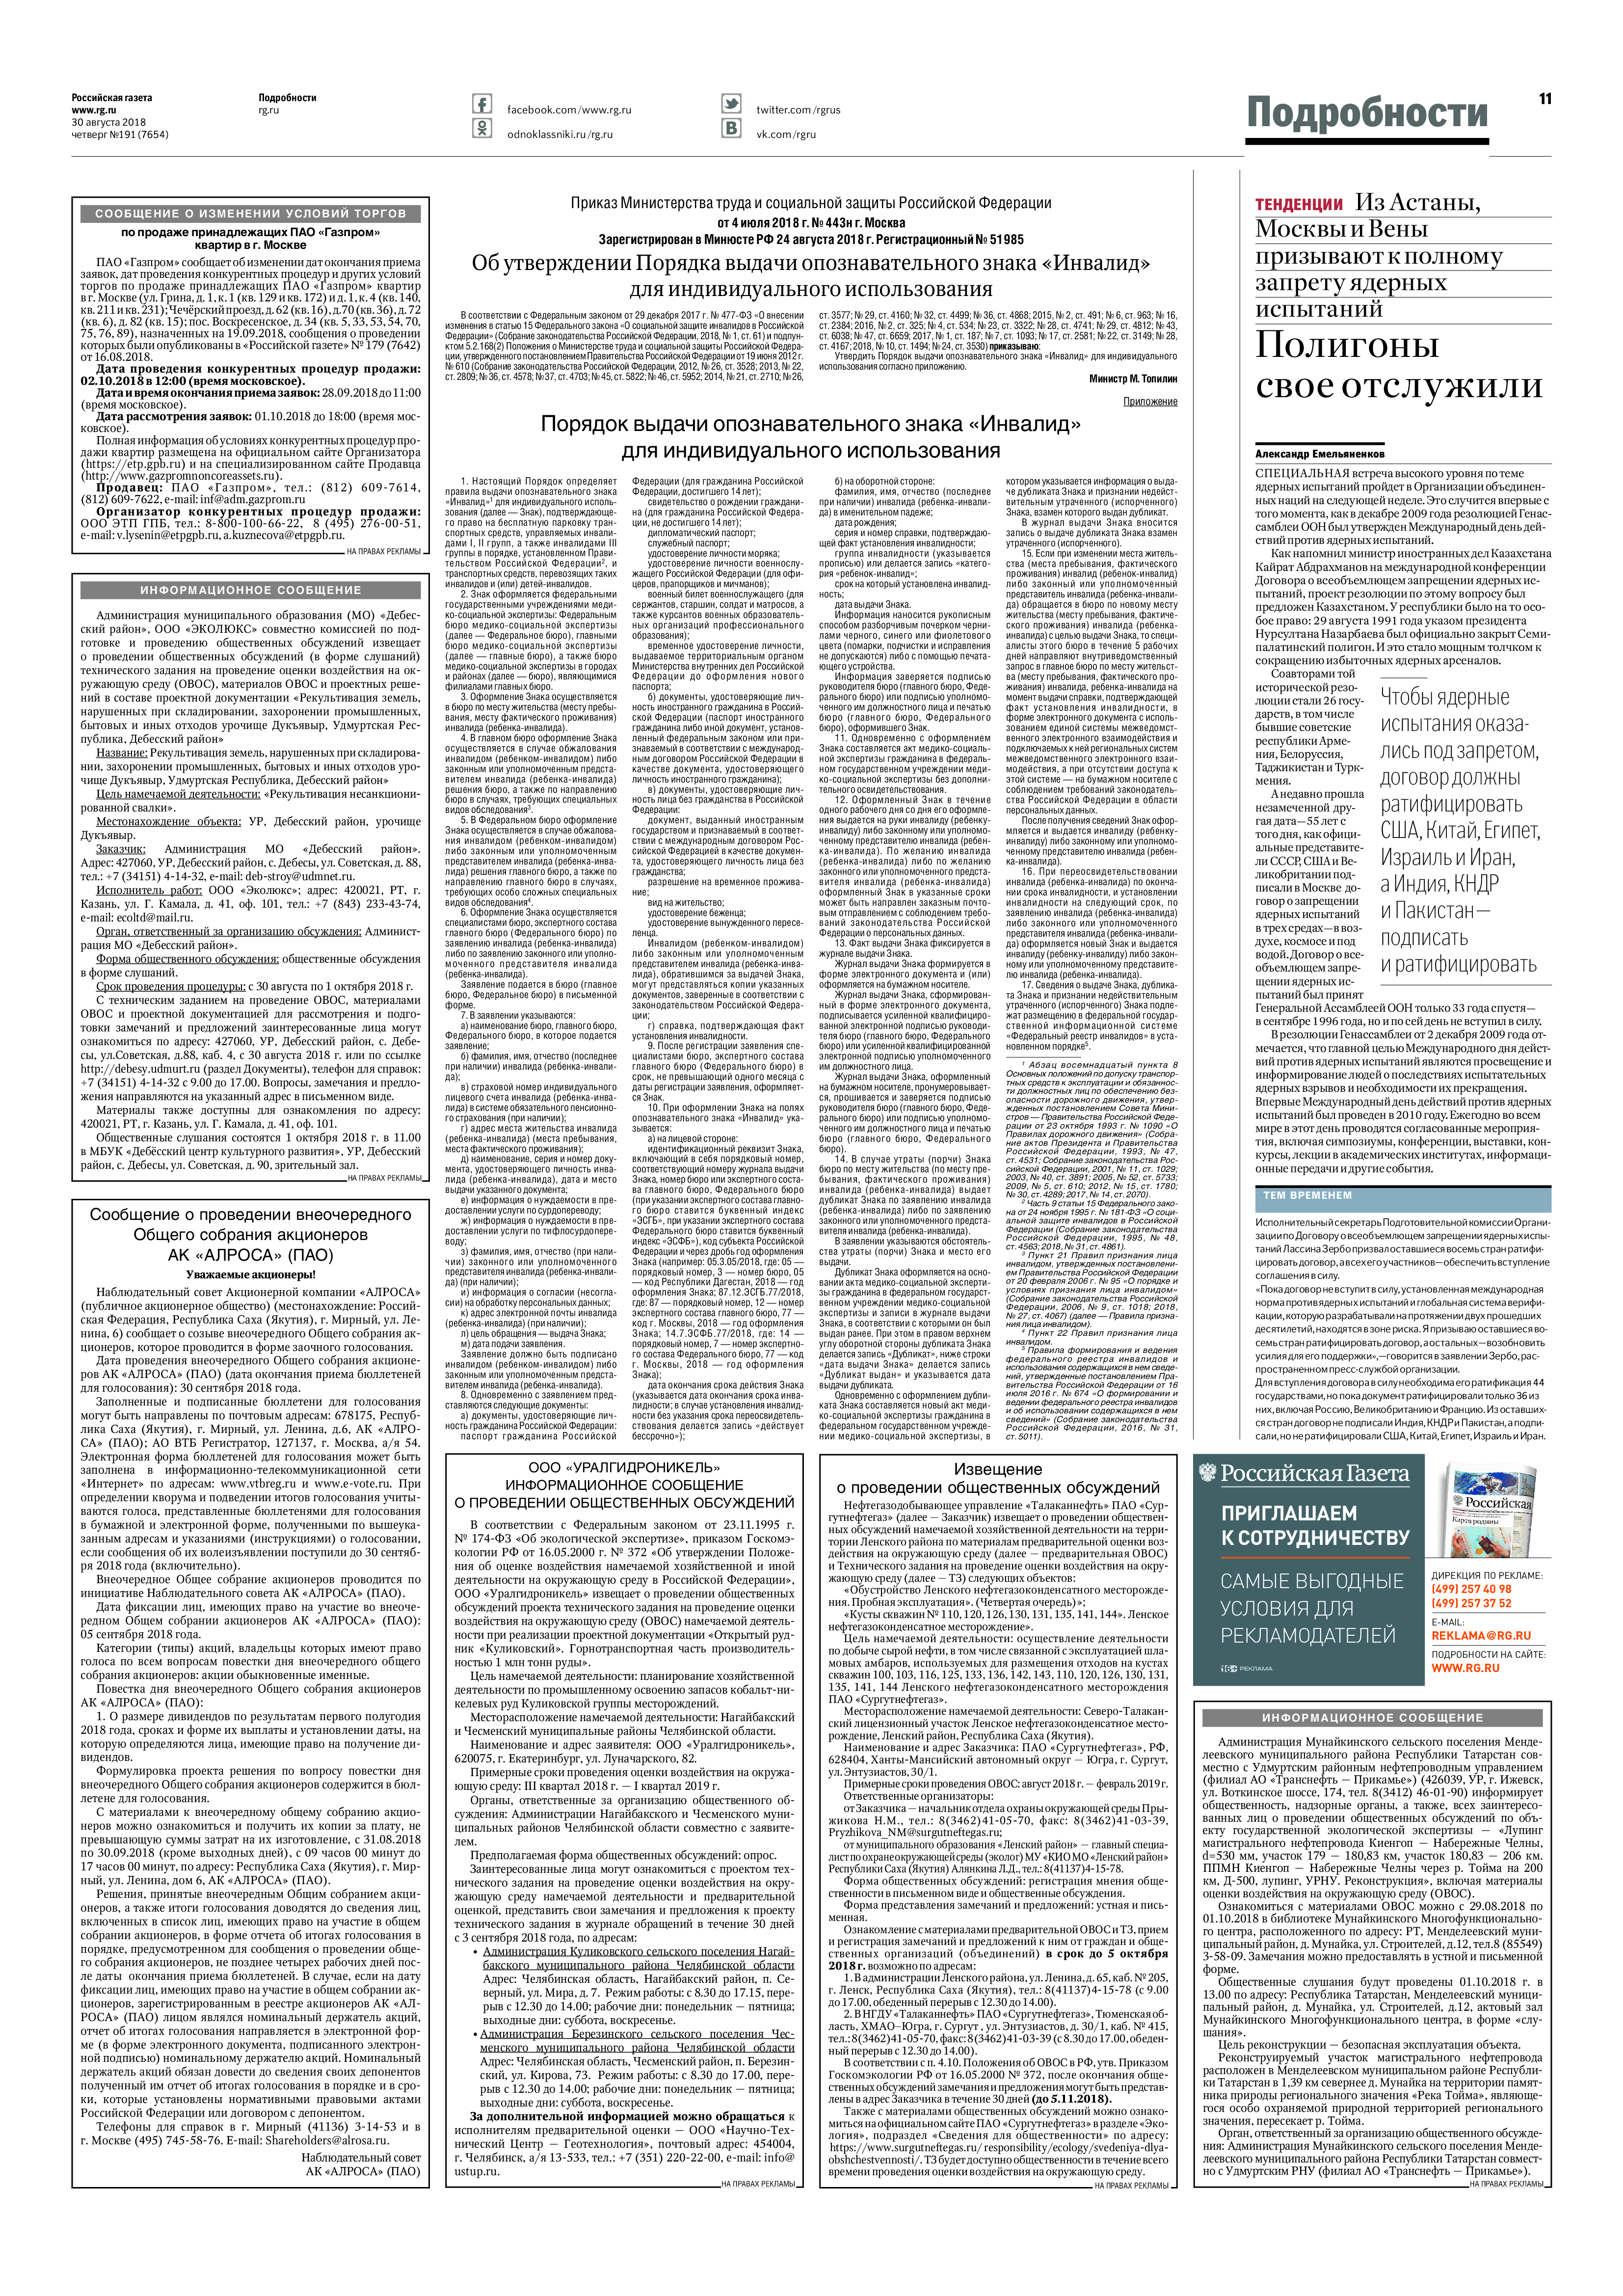
Language: ru